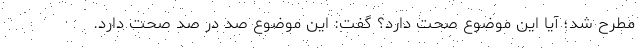
مطرح شد؛ آیا این موضوع صحت دارد؟ گفت: این موضوع صد در صد صحت دارد.